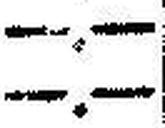
—.—